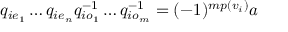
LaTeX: q _ { i e _ { 1 } } \dots q _ { i e _ { n } } q _ { i o _ { 1 } } ^ { - 1 } \dots q _ { i o _ { m } } ^ { - 1 } = ( - 1 ) ^ { m p ( v _ { i } ) } a